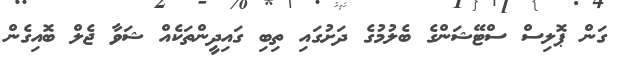
ގަން ޕޮލިސް ސްޓޭޝަންގެ ބެލުމުގެ ދަށުގައި ތިބި ގައިދީންތަކެއް ޝަވާ ޖެލް ބޮއިގެން